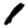
Digit: 1